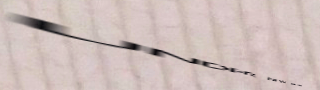
UNDER NEW MGMT